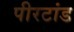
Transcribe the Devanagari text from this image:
पीरटांड